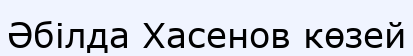
Әбілда Хасенов көзей